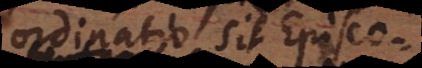
ordinatio sit Episcopo